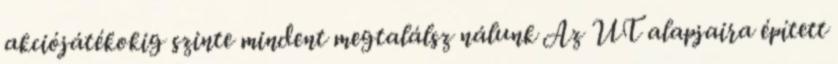
akciójátékokig szinte mindent megtalálsz nálunk Az UT alapjaira épített